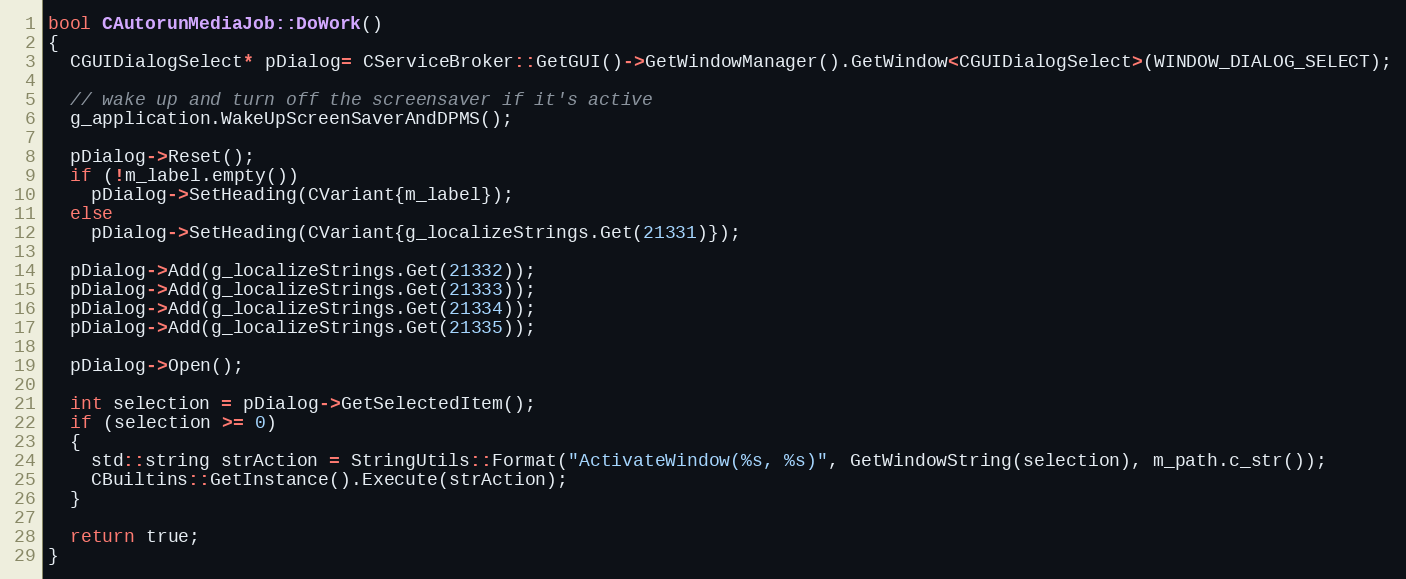
Language: C++
bool CAutorunMediaJob::DoWork()
{
  CGUIDialogSelect* pDialog= CServiceBroker::GetGUI()->GetWindowManager().GetWindow<CGUIDialogSelect>(WINDOW_DIALOG_SELECT);

  // wake up and turn off the screensaver if it's active
  g_application.WakeUpScreenSaverAndDPMS();

  pDialog->Reset();
  if (!m_label.empty())
    pDialog->SetHeading(CVariant{m_label});
  else
    pDialog->SetHeading(CVariant{g_localizeStrings.Get(21331)});

  pDialog->Add(g_localizeStrings.Get(21332));
  pDialog->Add(g_localizeStrings.Get(21333));
  pDialog->Add(g_localizeStrings.Get(21334));
  pDialog->Add(g_localizeStrings.Get(21335));

  pDialog->Open();

  int selection = pDialog->GetSelectedItem();
  if (selection >= 0)
  {
    std::string strAction = StringUtils::Format("ActivateWindow(%s, %s)", GetWindowString(selection), m_path.c_str());
    CBuiltins::GetInstance().Execute(strAction);
  }

  return true;
}